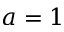
a = 1